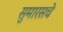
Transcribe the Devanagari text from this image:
सुमारसचे